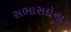
સભાસદોના